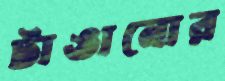
টাঙানোর